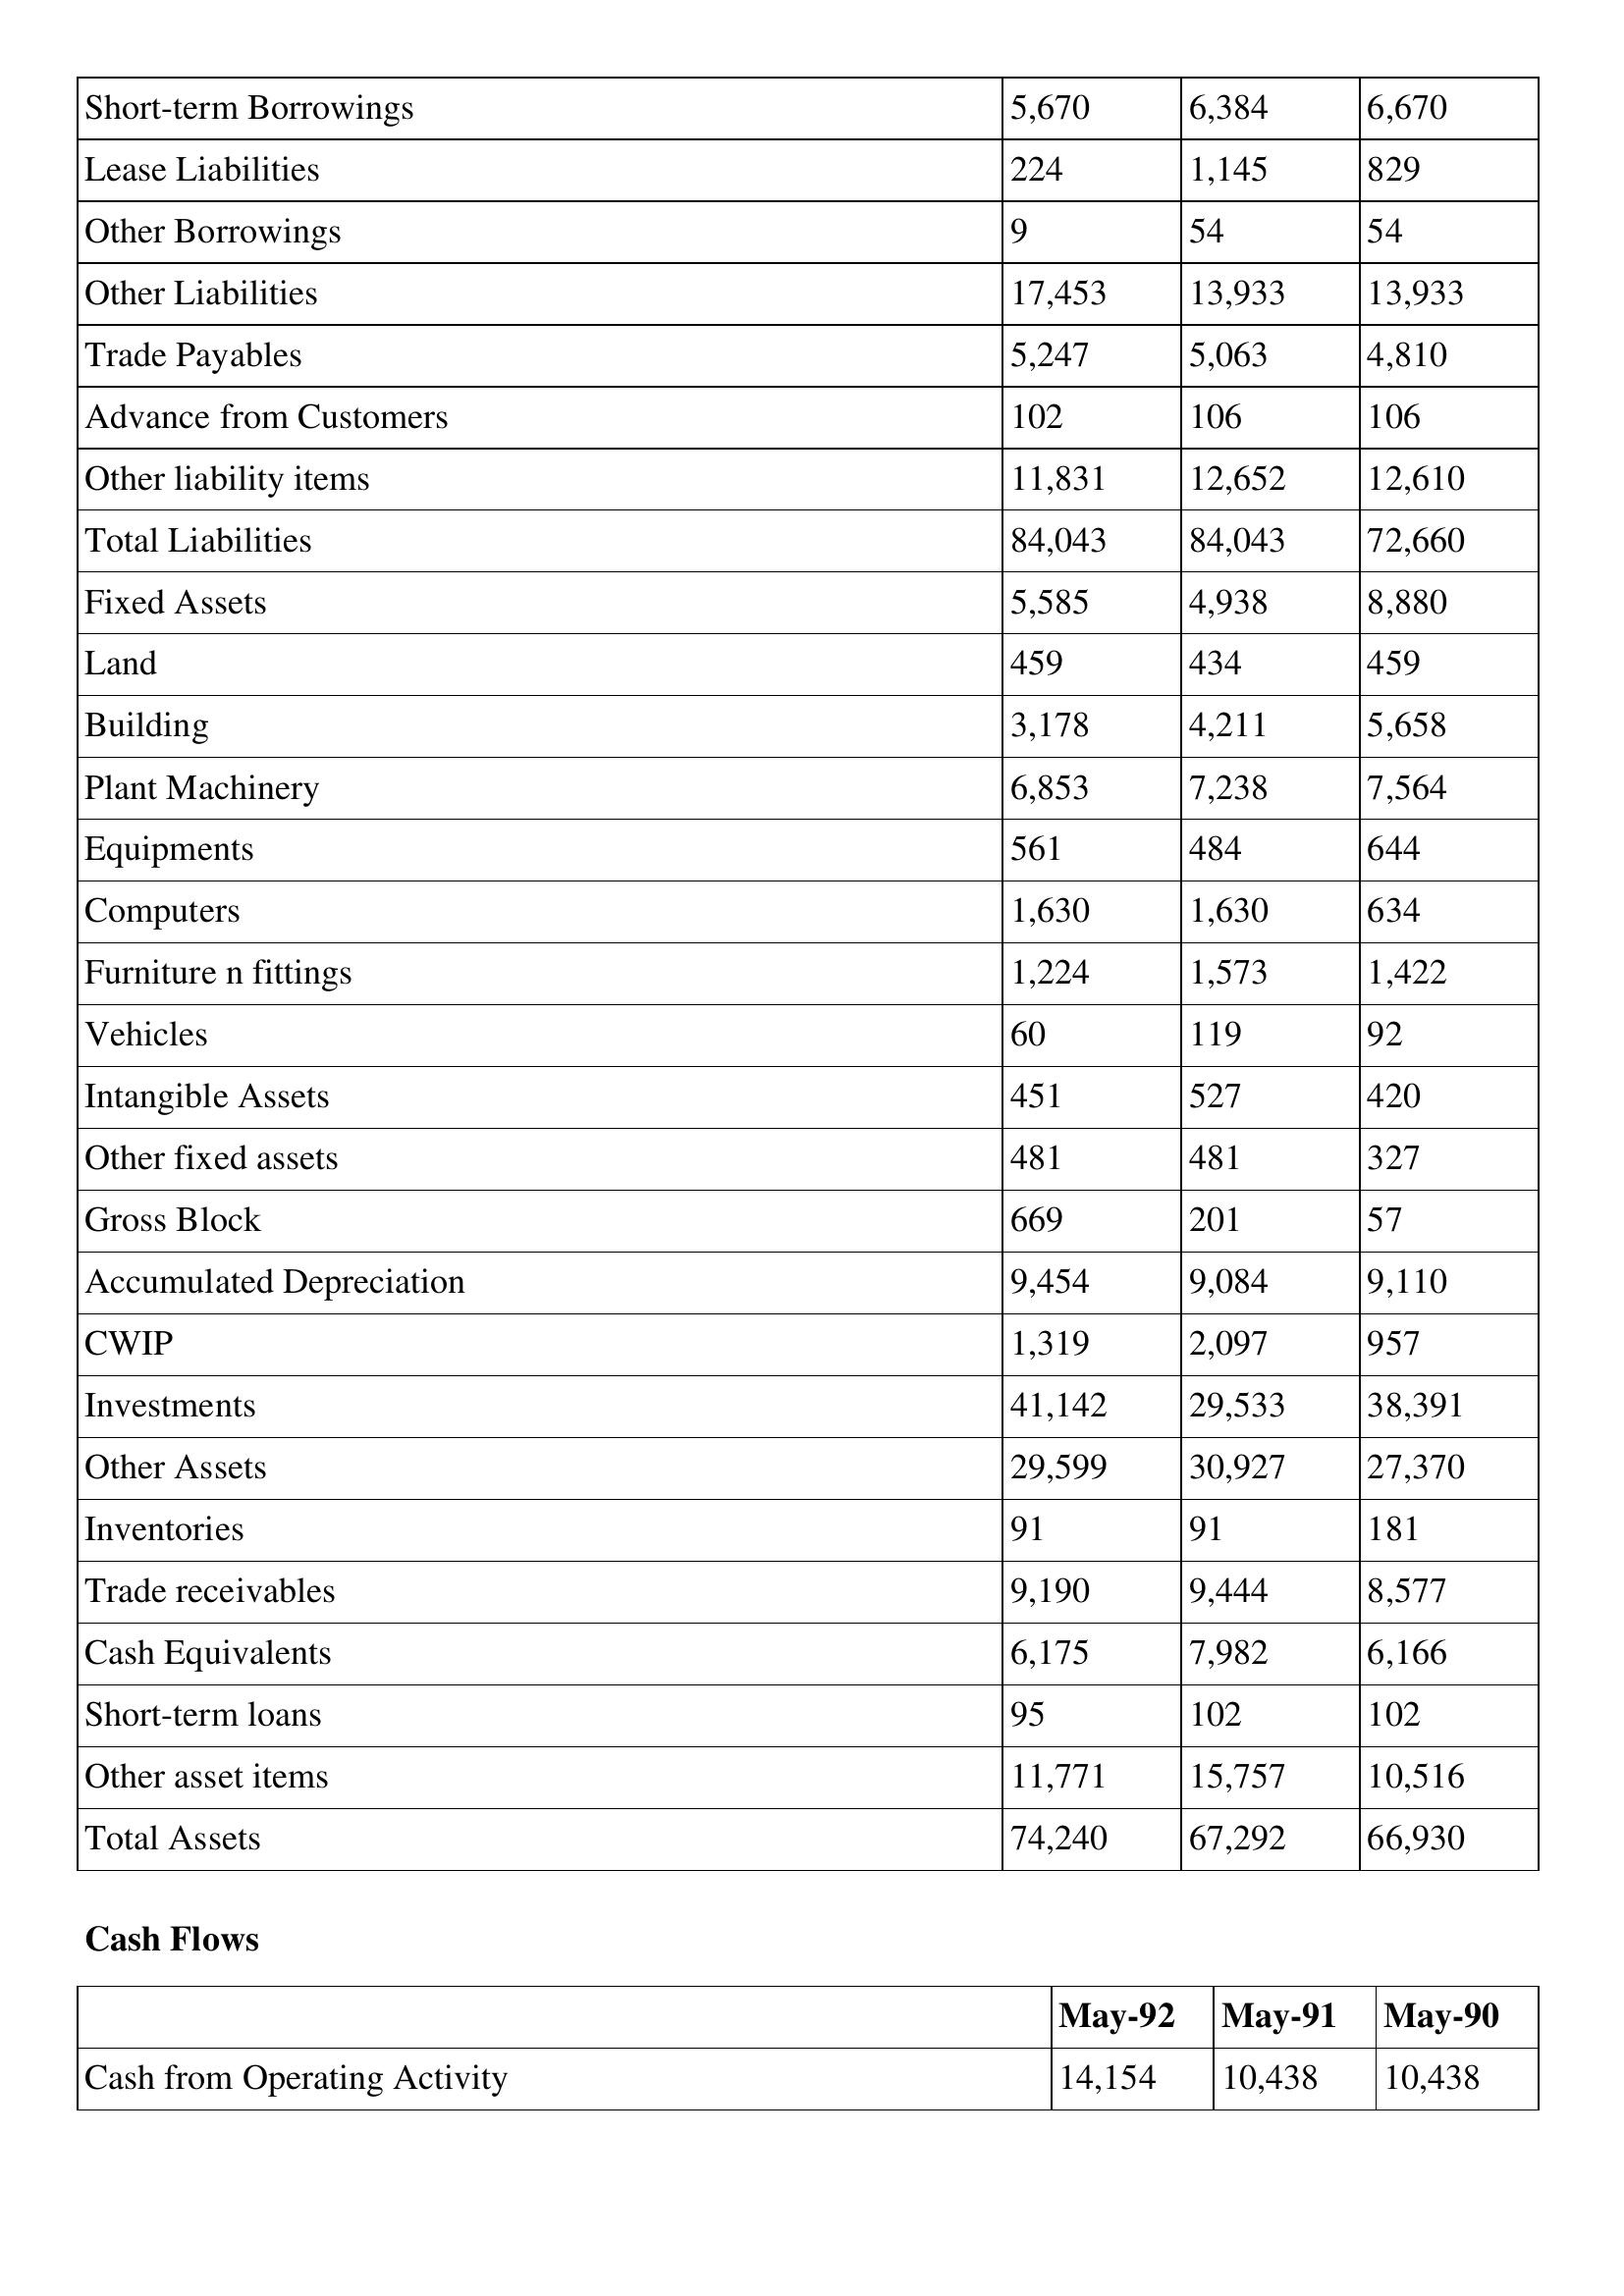
gt_parse: May-92: Balance Sheet: Short-term Borrowings: 5,670
Lease Liabilities: 224
Other Borrowings: 9
Other Liabilities: 17,453
Trade Payables: 5,247
Advance from Customers: 102
Other liability items: 11,831
Total Liabilities: 84,043
Fixed Assets: 5,585
Land: 459
Building: 3,178
Plant Machinery: 6,853
Equipments: 561
Computers: 1,630
Furniture n fittings: 1,224
Vehicles: 60
Intangible Assets: 451
Other fixed assets: 481
Gross Block: 669
Accumulated Depreciation: 9,454
CWIP: 1,319
Investments: 41,142
Other Assets: 29,599
Inventories: 91
Trade receivables: 9,190
Cash Equivalents: 6,175
Short-term loans: 95
Other asset items: 11,771
Total Assets: 74,240
Cash Flows: Cash from Operating Activity: 14,154
May-91: Balance Sheet: Short-term Borrowings: 6,384
Lease Liabilities: 1,145
Other Borrowings: 54
Other Liabilities: 13,933
Trade Payables: 5,063
Advance from Customers: 106
Other liability items: 12,652
Total Liabilities: 84,043
Fixed Assets: 4,938
Land: 434
Building: 4,211
Plant Machinery: 7,238
Equipments: 484
Computers: 1,630
Furniture n fittings: 1,573
Vehicles: 119
Intangible Assets: 527
Other fixed assets: 481
Gross Block: 201
Accumulated Depreciation: 9,084
CWIP: 2,097
Investments: 29,533
Other Assets: 30,927
Inventories: 91
Trade receivables: 9,444
Cash Equivalents: 7,982
Short-term loans: 102
Other asset items: 15,757
Total Assets: 67,292
Cash Flows: Cash from Operating Activity: 10,438
May-90: Balance Sheet: Short-term Borrowings: 6,670
Lease Liabilities: 829
Other Borrowings: 54
Other Liabilities: 13,933
Trade Payables: 4,810
Advance from Customers: 106
Other liability items: 12,610
Total Liabilities: 72,660
Fixed Assets: 8,880
Land: 459
Building: 5,658
Plant Machinery: 7,564
Equipments: 644
Computers: 634
Furniture n fittings: 1,422
Vehicles: 92
Intangible Assets: 420
Other fixed assets: 327
Gross Block: 57
Accumulated Depreciation: 9,110
CWIP: 957
Investments: 38,391
Other Assets: 27,370
Inventories: 181
Trade receivables: 8,577
Cash Equivalents: 6,166
Short-term loans: 102
Other asset items: 10,516
Total Assets: 66,930
Cash Flows: Cash from Operating Activity: 10,438